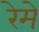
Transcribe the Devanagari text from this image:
रेमे